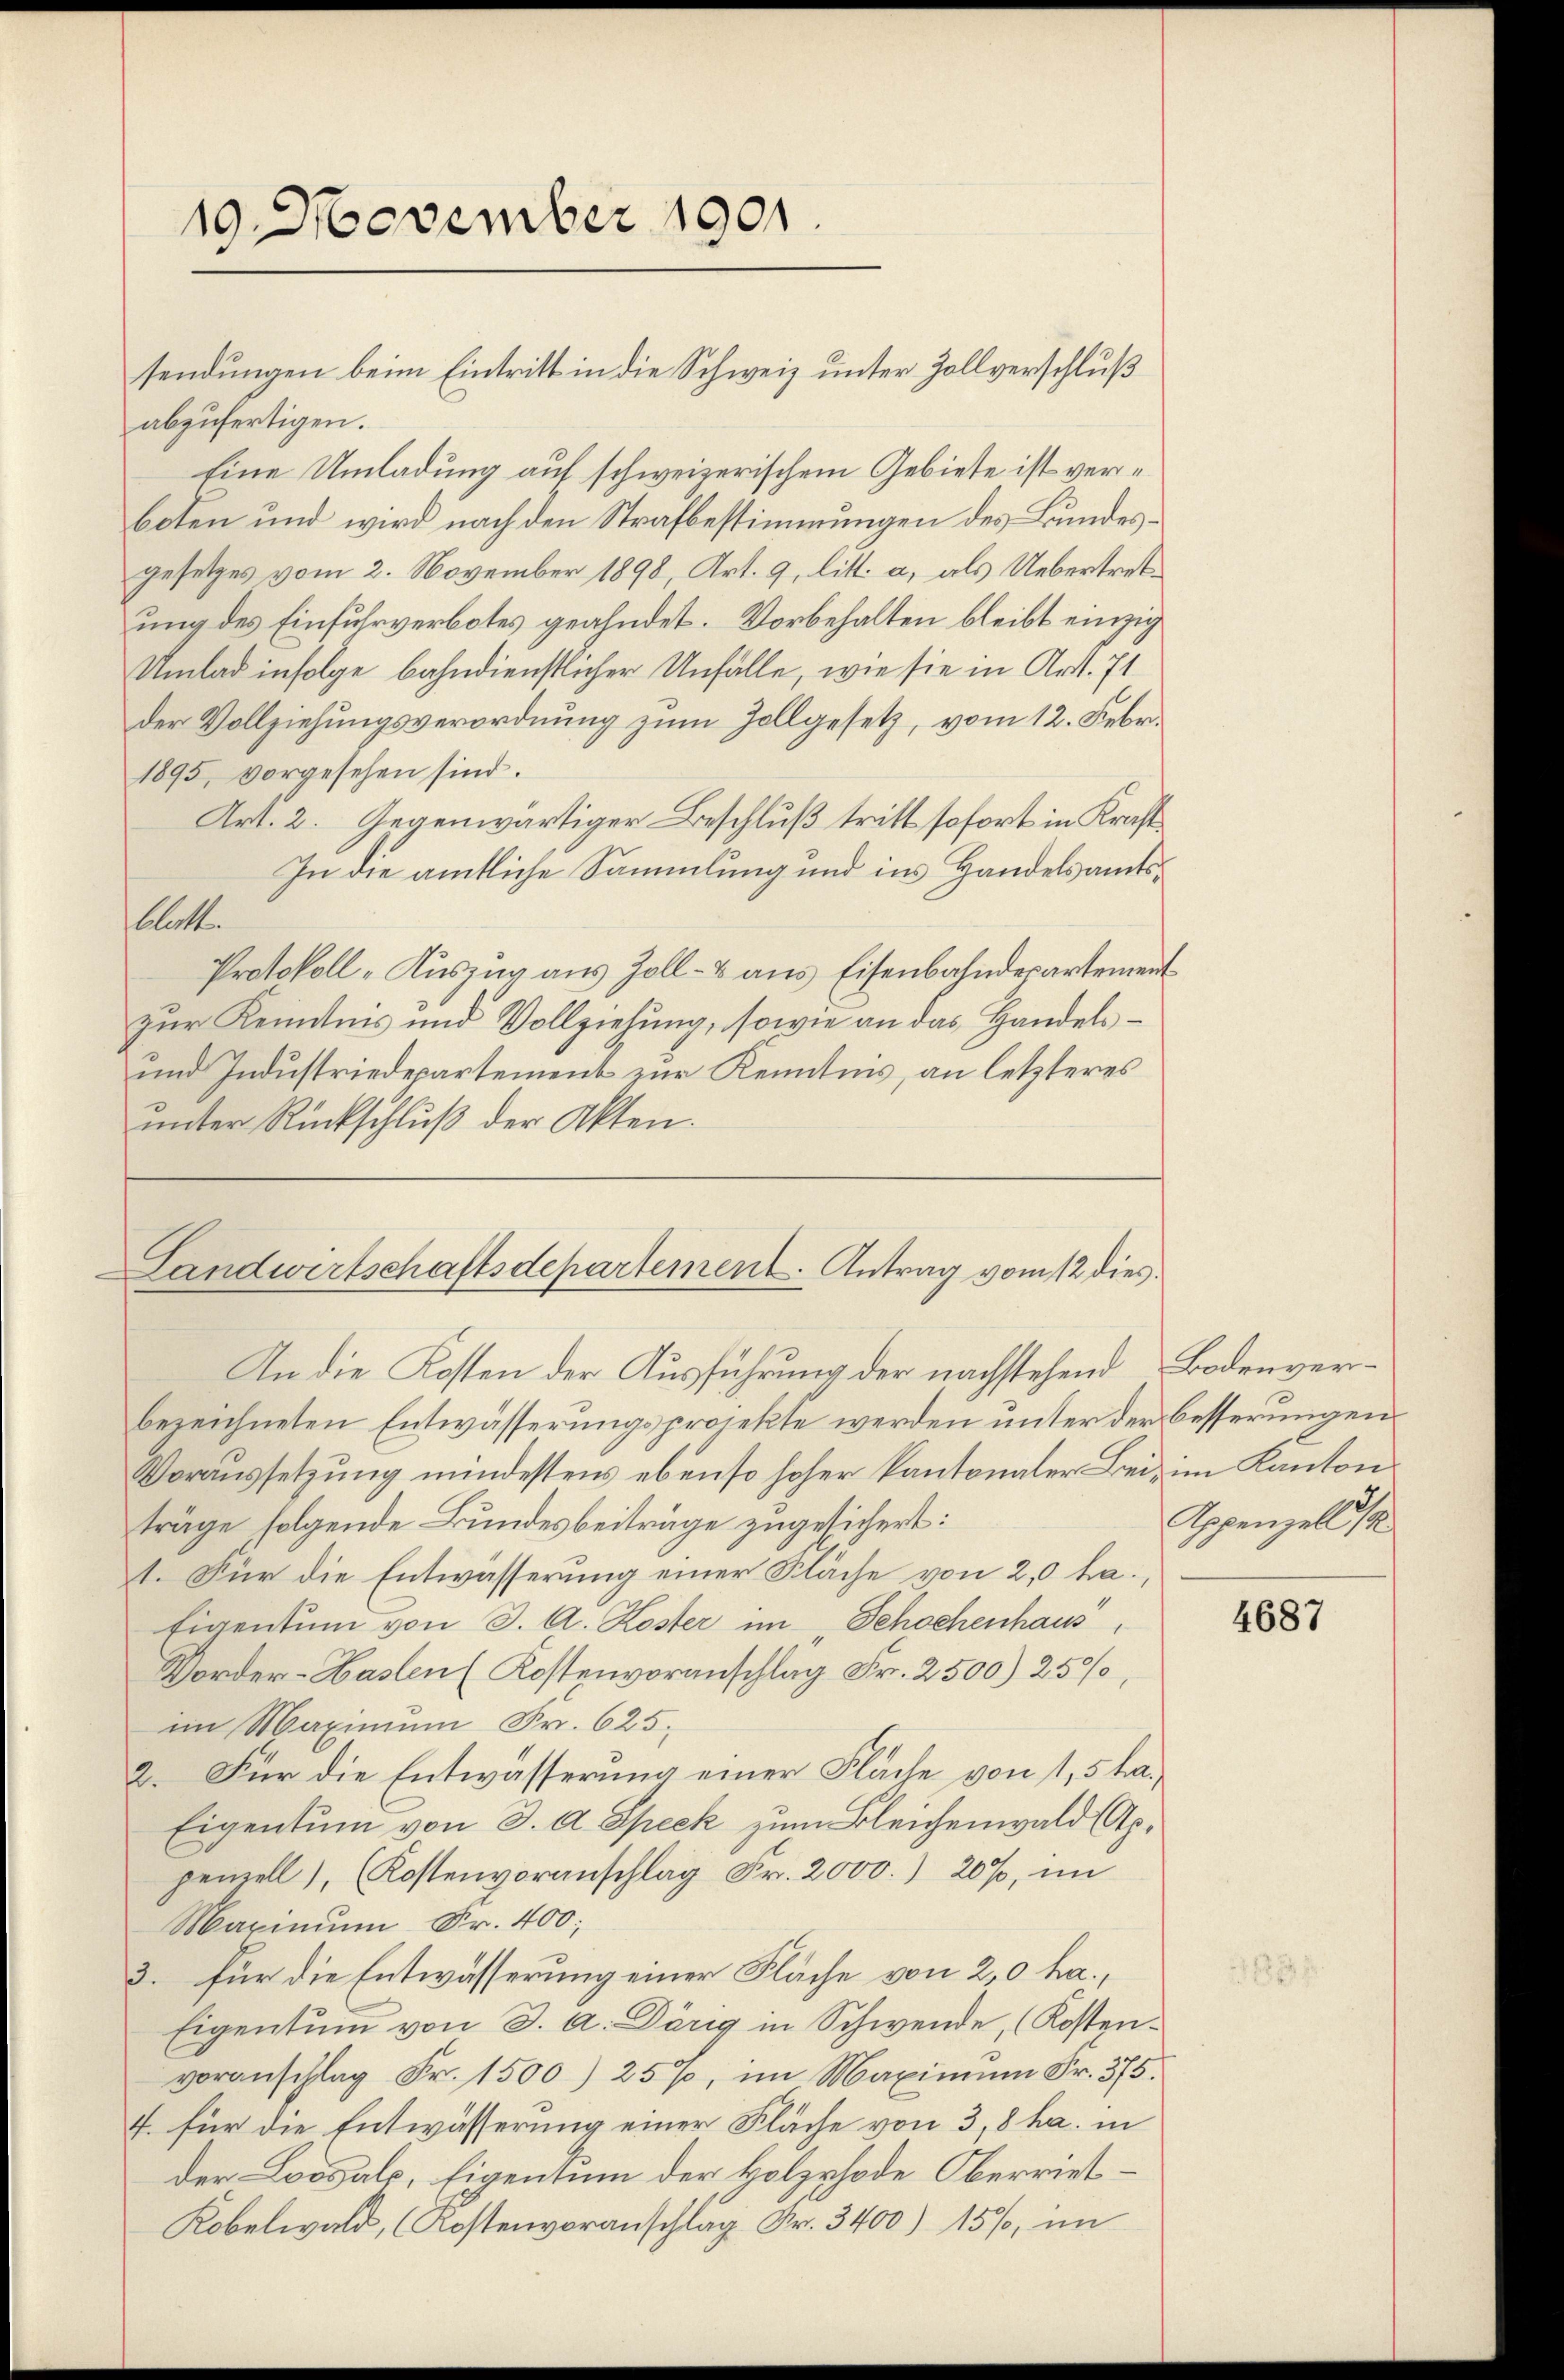
19. November 1901.

abzufertigen.
Eine Umladung auf schweizerischem Gebiete ist verboten und wird nach den Strafbestimmungen des Bundesgesetzes vom 2. November 1898, Art. 9, litt. a, als Uebertretung des Einfuhrverbotes geahndet. Vorbehalten bleibt einzig
Umlad infolge bahndienstlicher Unfälle, wie sie in Art. 71
der Vollziehungsverordnung zum Zollgesetz, vom 12. Febr.
1895, vorgesehen sind.
Art. 2. Gegenwärtiger Beschluß tritt sofort in Kraft
In die amtliche Sammlung und ins Handelsamts¬
Alott.
Protokoll-Auszug aus Zoll- & aus Eisenbahndepartement
zur Kenntnis und Vollziehung, sowie an das Handels¬
und Industriedepartement zur Kenntnis, an letzteres
unter Rückschluß der Akten.

sendungen beim Eintritt in die Schweiz unter Zollverschluß

Landwirtschaftsdepartement. Antrag vom 12 dies

In die Kosten der Ausführung der nachstehend Bodenverbezeichneten Entwässerungsprojekte werden unter der besserungen
Voraussetzung mindestens ebenso hoher kantonaler Bei im Kanton
träge folgende Bundesbeiträge zugesichert:
1. Für die Entwässerung einer Fläche von 2,0 ha
Eigentum von J. A. Koster im „Schochenhaus,
Vorder-Haslen (Kostenvoranschlag Fr. 2500) 250%,
im Maximum Fr. 625.
2. Für die Entwässerung einer Fläche von 1,5 ha¬
Eigentum von 3. A. Speck zum Bleichenwald (Ap.
penzell), (Kostenvoranschlag Fr. 2000.) 20%, im
Maximum Fr. 400;
3. für die Entwässerung einer Fläche von 2,0 ha.,
Eigentum von J. A. Dörig in Schwende, (Kosten.
voranschlag Fr. 1500) 25%, im Maximum Fr. 375.
f. für die Entwässerung einer Fläche von 3,8 ha. in
der Loogals, Eigentum der Holzrhode Oberriet¬
Kobelwald, (Kostenvoranschlag Fr. 3400) 15%, im

Appenzell I.

4687